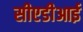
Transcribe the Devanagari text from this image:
सीएडीआई